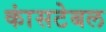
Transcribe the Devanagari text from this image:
कांसटेबल